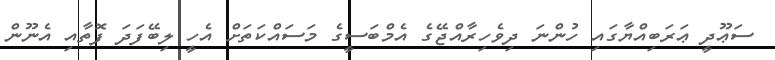
ސަޢޫދީ ޢަރަބިއްޔާގައި ހުންނަ ދިވެހިރާއްޖޭގެ އެމްބަސީގެ މަސައްކަތަށް އެހީ ލިބޭފަދަ ފޮތާއި އެނޫން